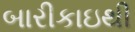
બારીકાઇથી